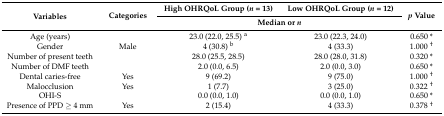
<table><thead><tr><td rowspan="2"><b>Variables</b></td><td rowspan="2"><b>Categories</b></td><td><b>High OHRQoL Group (<i>n</i> = 13)</b></td><td><b>Low OHRQoL Group (<i>n</i> = 12)</b></td><td rowspan="2"><b><i>p</i> Value</b></td></tr><tr><td colspan="2"><b>Median or <i>n</i></b></td></tr></thead><tbody><tr><td>Age (years)</td><td></td><td>23.0 (22.0, 25.5) <sup>a</sup></td><td>23.0 (22.3, 24.0)</td><td>0.650 *</td></tr><tr><td>Gender</td><td>Male</td><td>4 (30.8) <sup>b</sup></td><td>4 (33.3)</td><td>1.000 <sup>†</sup></td></tr><tr><td>Number of present teeth</td><td></td><td>28.0 (25.5, 28.5)</td><td>28.0 (28.0, 31.8)</td><td>0.320 *</td></tr><tr><td>Number of DMF teeth</td><td></td><td>2.0 (0.0, 6.5)</td><td>2.0 (0.0, 3.0)</td><td>0.650 *</td></tr><tr><td>Dental caries-free</td><td>Yes</td><td>9 (69.2)</td><td>9 (75.0)</td><td>1.000 <sup>†</sup></td></tr><tr><td>Malocclusion</td><td>Yes</td><td>1 (7.7)</td><td>3 (25.0)</td><td>0.322 <sup>†</sup></td></tr><tr><td>OHI-S</td><td></td><td>0.0 (0.0, 1.0)</td><td>0.0 (0.0, 1.0)</td><td>0.650 *</td></tr><tr><td>Presence of PPD ≥ 4 mm</td><td>Yes</td><td>2 (15.4)</td><td>4 (33.3)</td><td>0.378 <sup>†</sup></td></tr></tbody></table>